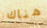
هناك